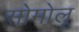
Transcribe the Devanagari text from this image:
सोमोलू